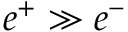
e ^ { + } \gg e ^ { - }